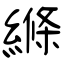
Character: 縧